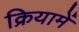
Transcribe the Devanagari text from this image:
क्रियामें